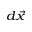
\scriptstyle { d } { \vec { x } }